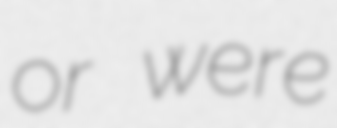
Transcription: or were